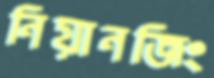
নিয়ানজিং